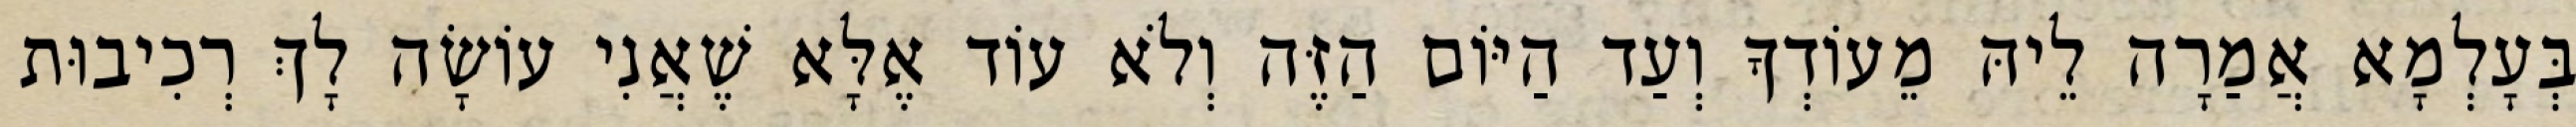
בְּעָלְמָא אֲמַרָה לֵיהּ מֵעוֹדְךָ וְעַד הַיּוֹם הַזֶּה וְלֹא עוֹד אֶלָּא שֶׁאֲנִי עוֹשָׂה לָךְ רְכִיבוּת